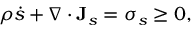
\begin{array} { r } { \rho \dot { s } + \nabla \cdot \mathbf J _ { s } = \sigma _ { s } \geq 0 , } \end{array}